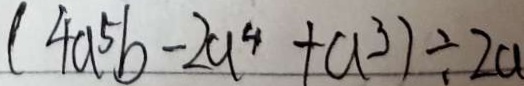
( 4 a ^ { 5 } b - 2 a ^ { 4 } + a ^ { 3 } ) \div 2 a